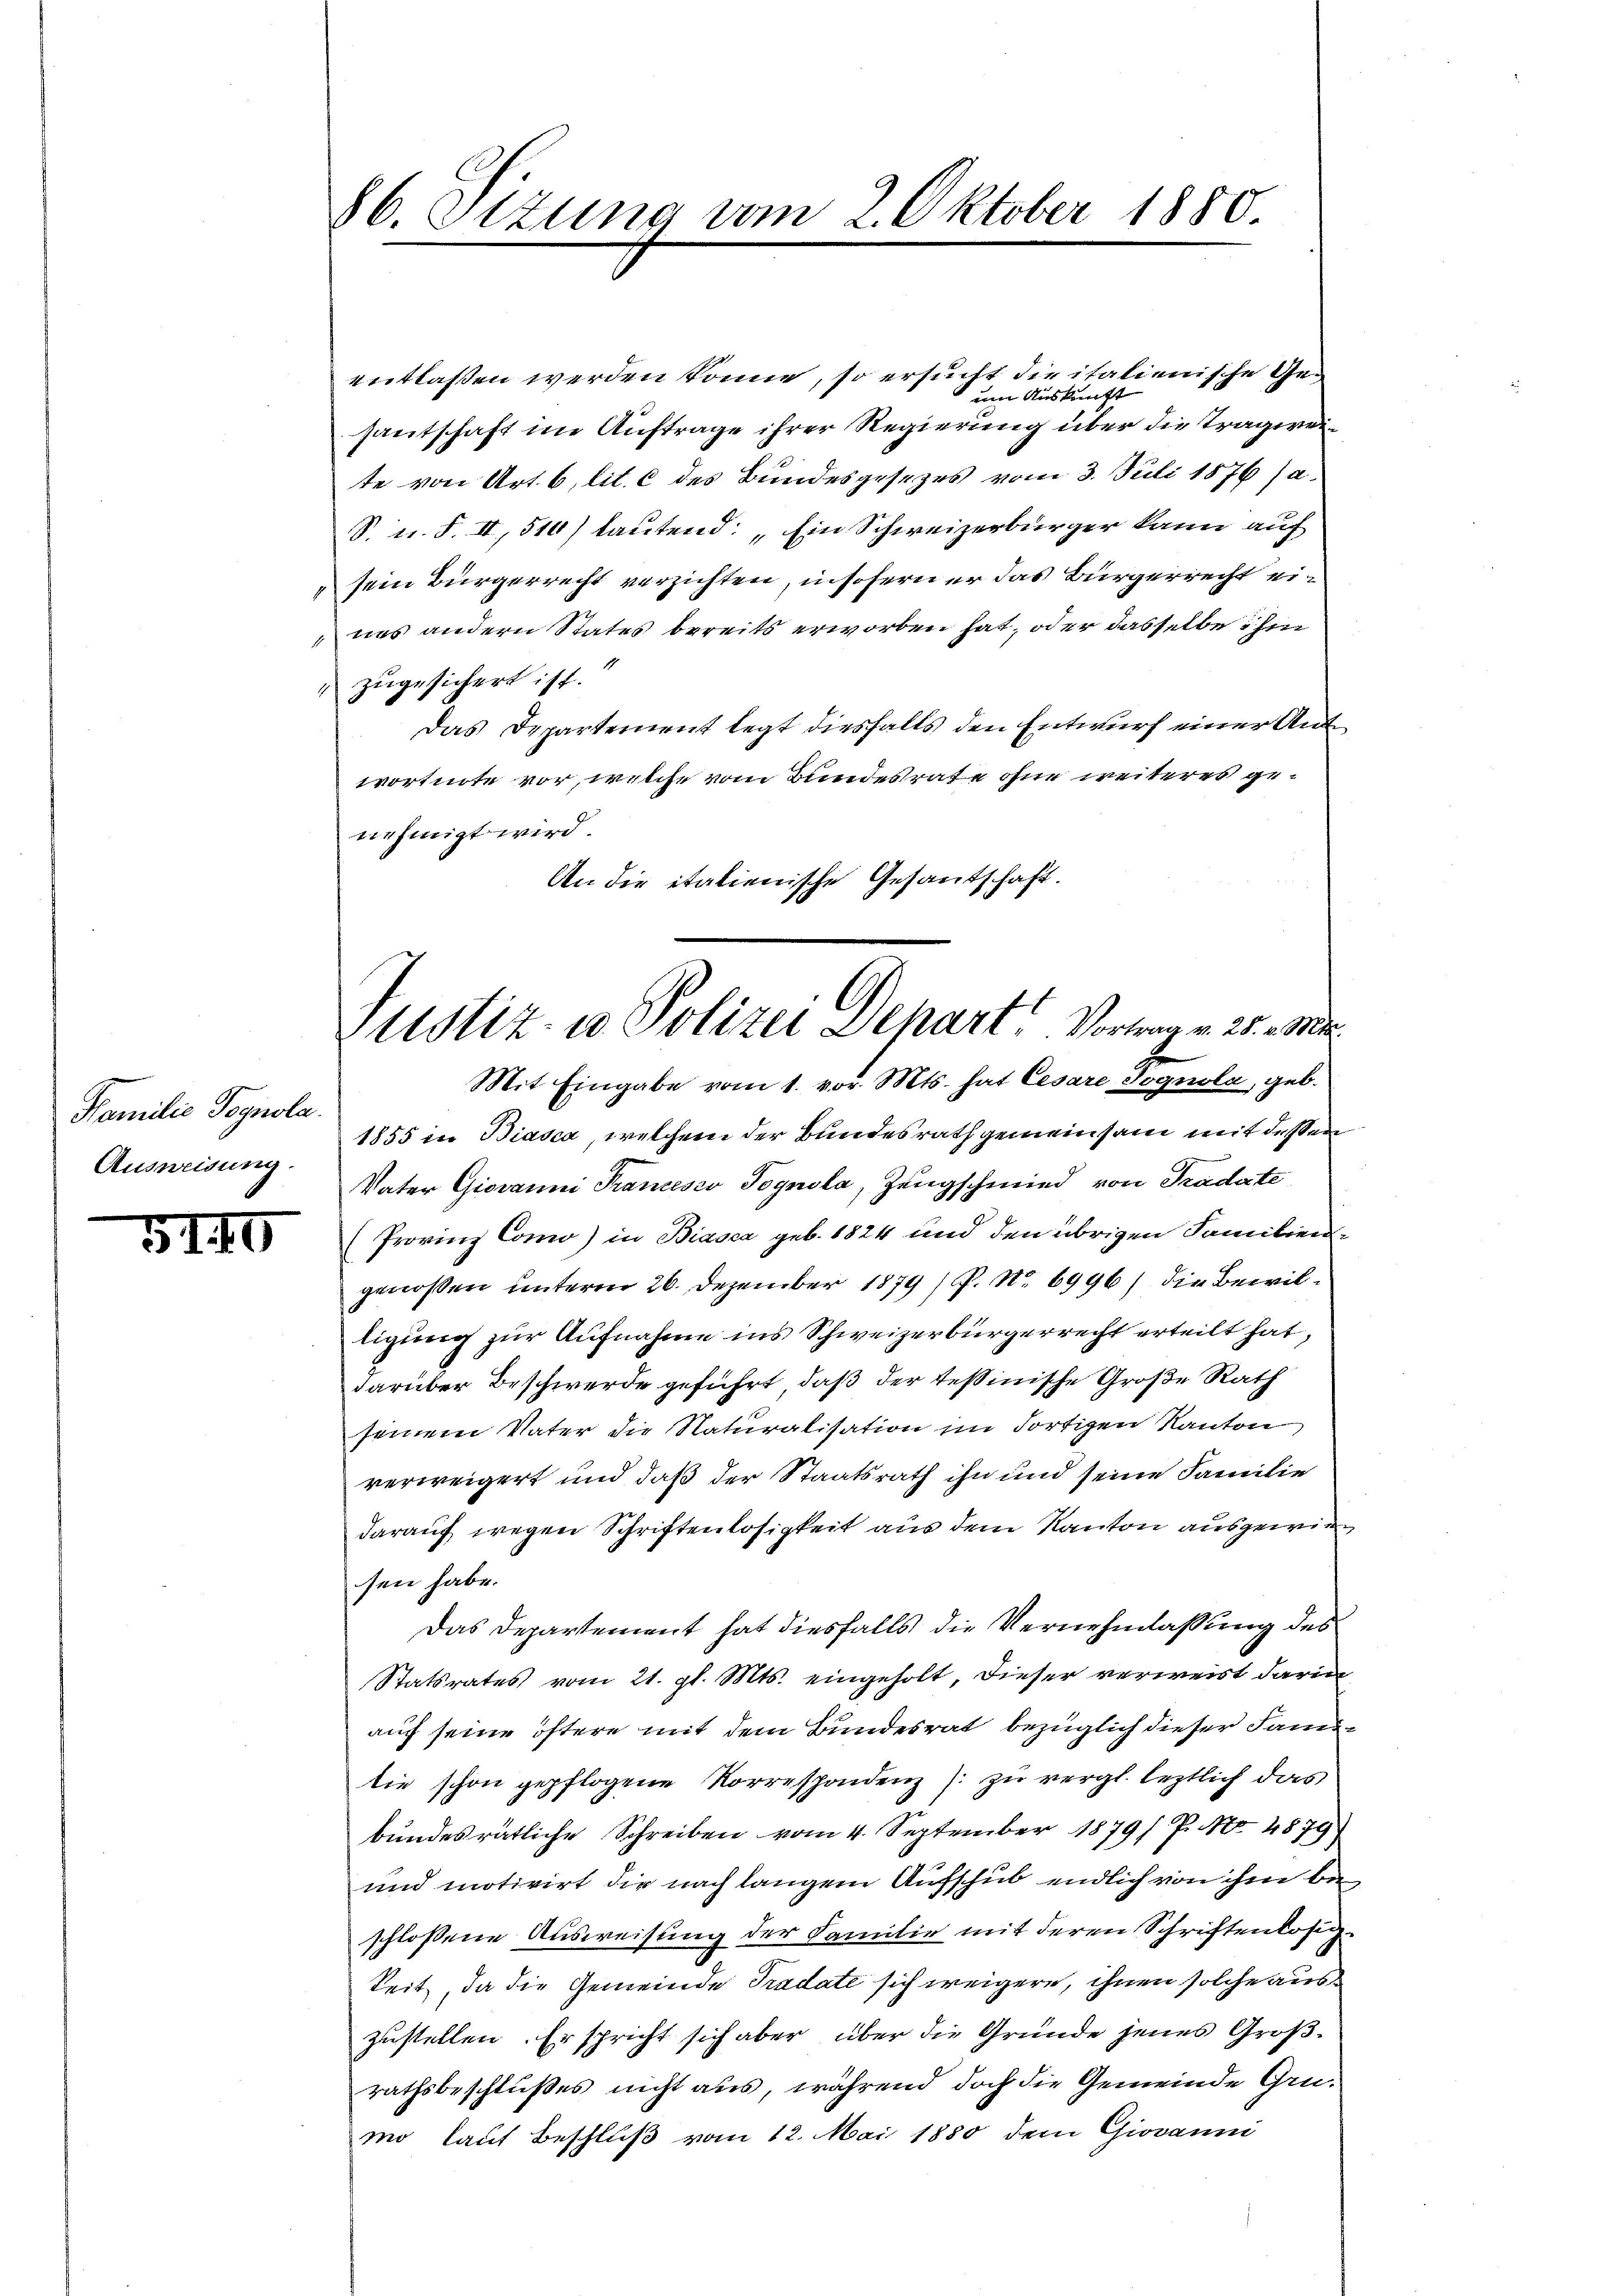
Familie Tegnola.
Ausweisung.

5140

86. Sizung vom 2. Oktober 1880.

Justiz- u Polizei Depart. Vortragen 24. Ma

entlaßen werden könne, so ersucht die italienische Geum Auskunft
santschaft im Auftrage ihrer Regierung über die Tragweite von Art. 6, lit. c des Bundesgesezes vom 3. Juli 1876 sa
S. u. F. II, 510) lautend: „Ein Schweizerbürger kann auf
sein Bürgerrecht verzichten, insofern er das Bürgerrecht eiues andern States bereits erworben hat, oder dasselbe ihm
zugesichert ist.
Das Departement legt diesfalls den Entwurf einer Ant
wortnote vor, welche vom Bundesrate ohne weiteres genehmigt wird.
An die italienische Gesandschaft.
Mit Eingabe vom 1. vor. Mts. hat Cesare Jognola, geb.
1855 in Biasca, welchem der Bundesrath gemeinsam mit dessen
Vater Giovanni Trancesco Pognola, Zeugschmied von Tradate
(Provinz Como) in Biasca geb. 1824 und den übrigen Familiengenossen unterm 26. Dezember 1879 / P. Nr. 6996) die Bewiltigung zur Aufnahme ins Schweizerbürgerrecht erteilt hat,
darüber Beschwerde geführt, daß der tessinische Große Rath
seinem Vater die Naturalisation im dortigen Kanton
verweigert und daß der Staatsrath ihn und seine Familie
darauf wegen Schriftenlosigkeit aus dem Kanton ausgewiesen habe.
Das Departement hat diesfalls die Vernehmlassung des
Statsrates vom 21. gl. Mts. eingeholt, dieser verweist darin
auf seine öftere mit dem Bundesrat bezüglich dieser Sanitie schon gepflogene Korrespondenz zu vergl. leztlich das
bundesrätliche Schreiben vom 4. September 1879/ P. Nr. 4879
und motivirt die nach langem Aufschub endlich von ihm beschlossene Ausweisung der Familie mit deren Schriftenlosigkeit, da die Gemeinde Tradate sich weigere, ihnen solche auszustellen. Er spricht sich aber über die Gründe jenes Großrathsbeschlußes nicht aus, während doch die Gemeinde Grümo laut Beschluß vom 12. Mai 1880 dem Giovanni